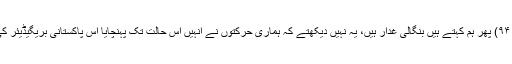
مصنف بریگیڈیئر صدیق سالک صفحہ ۹۴) پھر ہم کہتے ہیں بنگالی غدار ہیں، یہ نہیں دیکھتے کہ ہماری حرکتوں نے انہیں اس حالت تک پہنچایا اس پاکستانی بریگیڈیئر کی کتاب پڑھ لیں کہ حقیقت کھل جائے ۔